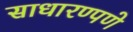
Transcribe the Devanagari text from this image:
साधारण्पणे